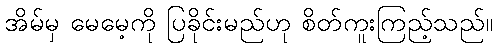
အိမ်မှ မေမေ့ကို ပြခိုင်းမည်ဟု စိတ်ကူးကြည့်သည်။